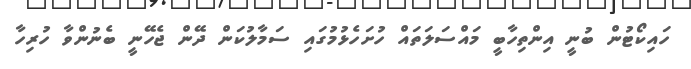
ހައިކޯޓުން ބުނީ އިންތިހާބީ މައްސަލަތައް ހުށަހެޅުމުގައި ސަމާލުކަން ދޭން ޖެހޭނީ ބެނުންވާ ހުރިހާ